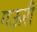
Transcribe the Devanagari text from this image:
गऊरी